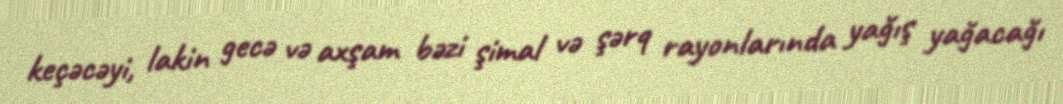
keçəcəyi, lakin gecə və axşam bəzi şimal və şərq rayonlarında yağış yağacağı